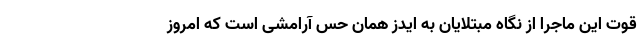
قوت این ماجرا از نگاه مبتلایان به ایدز همان حس آرامشی است که امروز